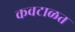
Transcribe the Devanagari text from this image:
कवटाळत